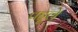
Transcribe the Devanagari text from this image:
पह्रूले